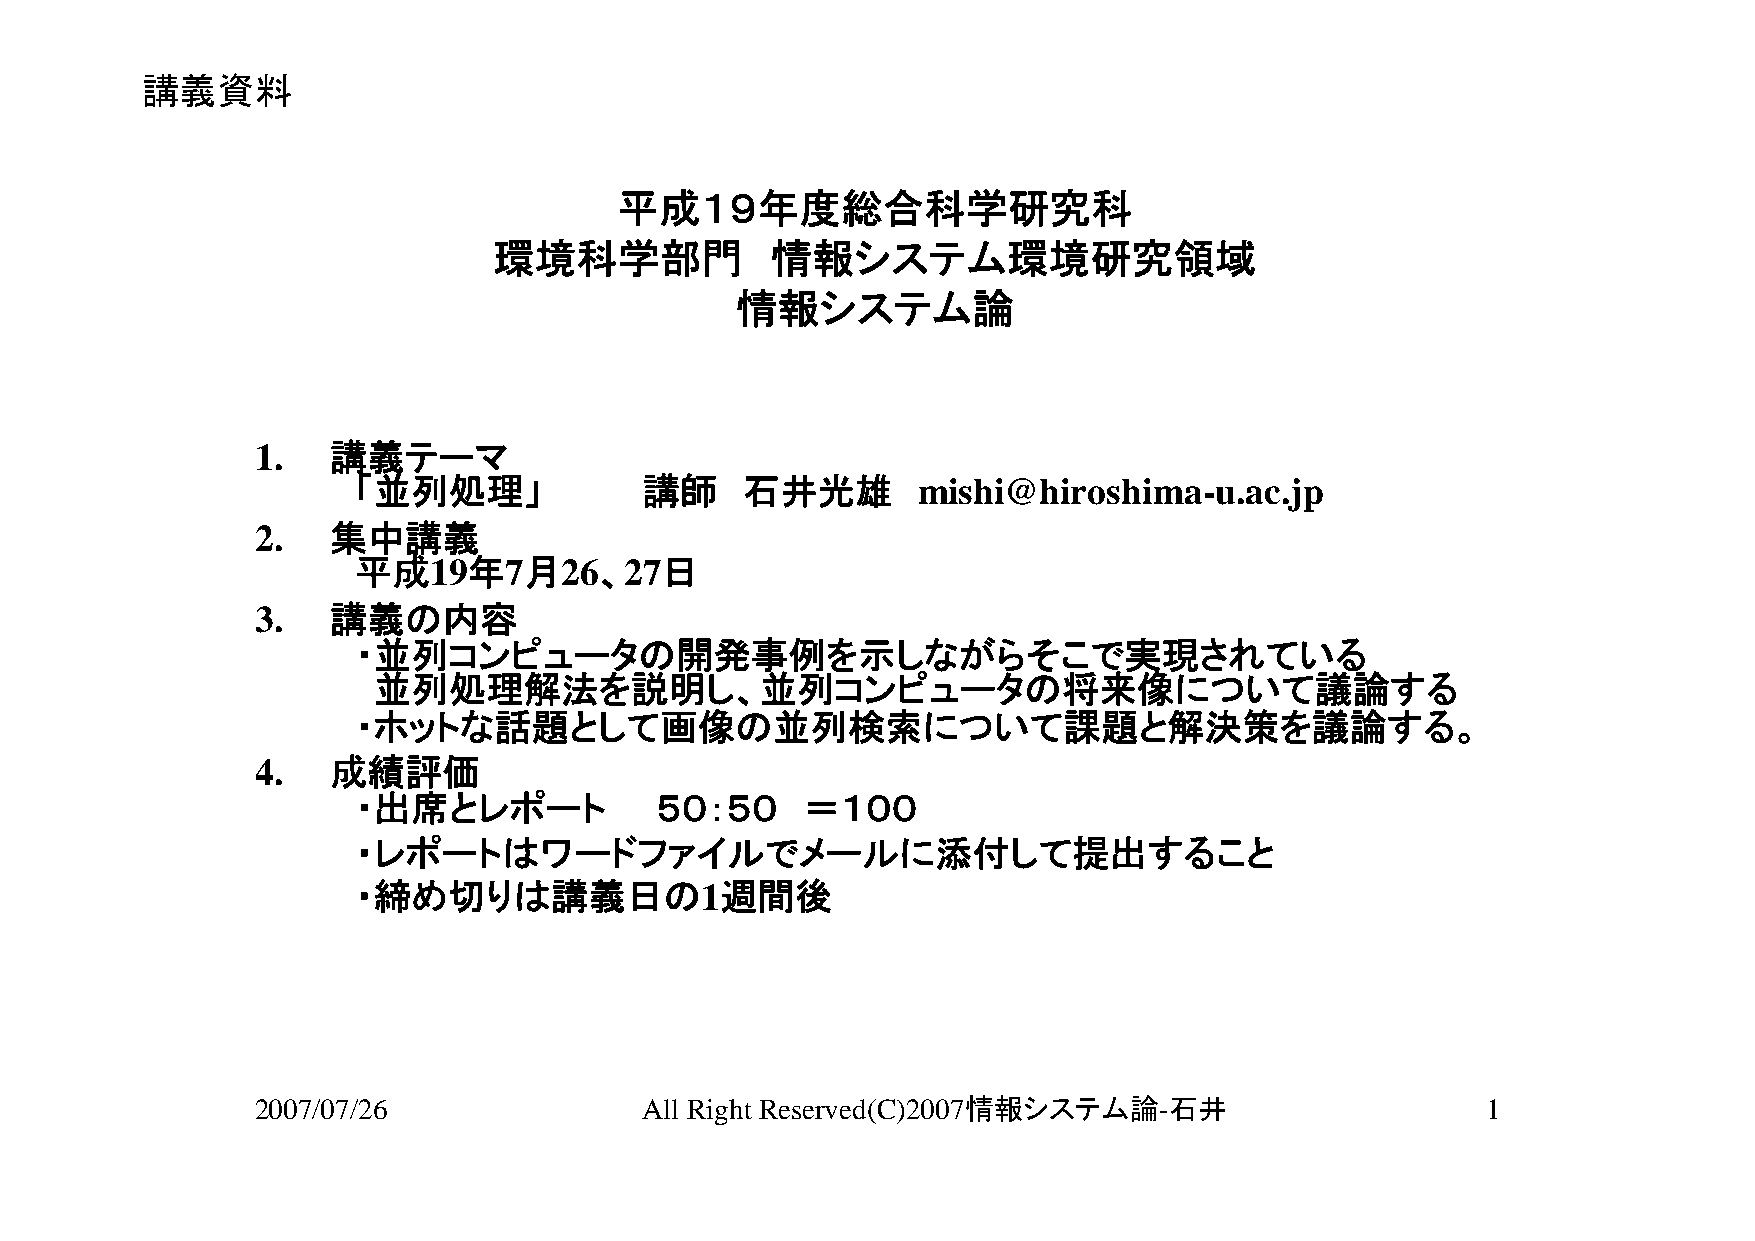
講義資料
 平成１９年度総合科学研究科
 環境科学部門            情報システム環境研究領域
 情報システム論
 1.   講義テーマ
 「並列処理」              講師    石井光雄        mishi@hiroshima-u.ac.jp
 2.   集中講義
 平成19年7月26、27日
 3.   講義の内容
 ・並列コンピュータの開発事例を示しながらそこで実現されている
 並列処理解法を説明し、並列コンピュータの将来像について議論する
 ・ホットな話題として画像の並列検索について課題と解決策を議論する。
 4.   成績評価
 ・出席とレポート            ５０：５０     ＝１００
 ・レポートはワードファイルでメールに添付して提出すること
 ・締め切りは講義日の1週間後
 2007/07/26               All Right Reserved(C)2007情報システム論-石井                     1